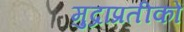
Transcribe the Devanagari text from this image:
मुद्राप्रतीकों